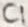
Text: C1